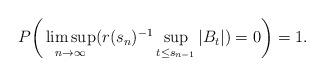
LaTeX: \begin{align*} P\bigg(\limsup_{n \to \infty} (r(s_n)^{-1} \sup_{t\le s_{n-1}} |B_t| ) =0 \bigg) =1.\end{align*}